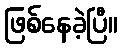
ဖြစ်နေခဲ့ပြီ။